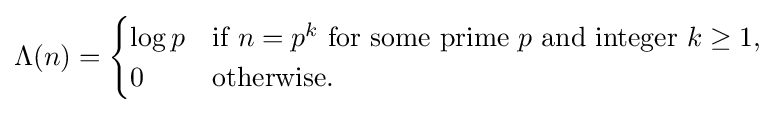
\Lambda (n)={\begin{cases}\log p&{\text{if }}n=p^{k}{\text{ for some prime }}p{\text{ and integer }}k\geq 1,\\0&{\text{otherwise.}}\end{cases}}